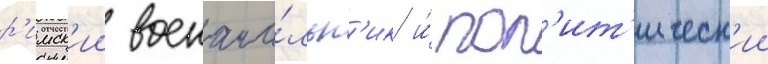
р'имск'ии военача́льн'ик и́ пол'ит'ическ'ии